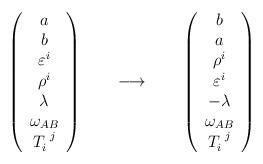
LaTeX: \begin{align*}\begin{array}{ccc}\left(\begin{array}{c}a\\b\\\varepsilon^{i}\\\rho^{i}\\\lambda\\\omega_{AB}\\T_{i}^{~j}\end{array}\right)~~~~& \longrightarrow &~~~~\left(\begin{array}{c}b\\a\\\rho^{i}\\\varepsilon^{i}\\-\lambda\\\omega_{AB}\\T_{i}^{~j}\end{array}\right)\end{array}\end{align*}